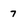
Character: 7